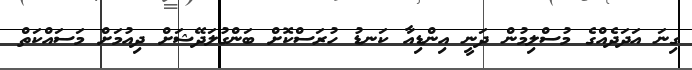
ގިނަ އަދަދެއްގެ މުސްލިމުން ދަނީ އިންޑިއާ ކަނޑު ހުރަސްކޮށް ބަންގުލަދޭޝަށް ދިއުމަށް މަސައްކަތް